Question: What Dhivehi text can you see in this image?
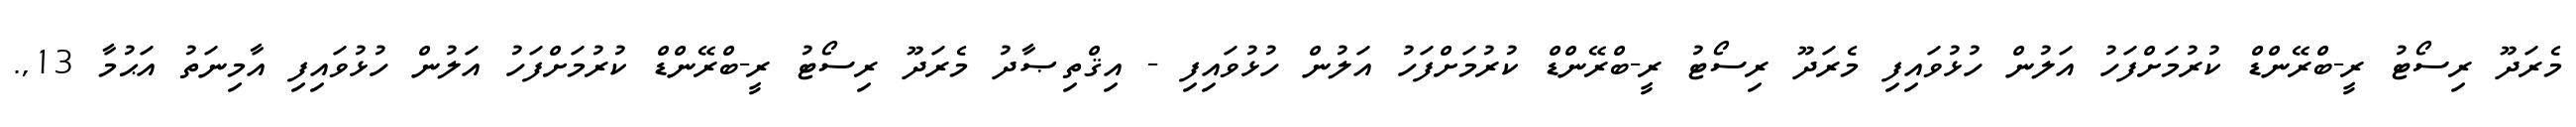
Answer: މެރަދޫ ރިސޯޓު ރީ-ބްރޭންޑް ކުރުމަށްފަހު އަލުން ހުޅުވައިފި މެރަދޫ ރިސޯޓު ރީ-ބްރޭންޑް ކުރުމަށްފަހު އަލުން ހުޅުވައިފި - އިޤްތިޞާދު މެރަދޫ ރިސޯޓު ރީ-ބްރޭންޑް ކުރުމަށްފަހު އަލުން ހުޅުވައިފި އާމިނަތު އަޙުމާ 13,.